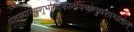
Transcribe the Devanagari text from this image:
प्रेतस्यास्यशुभांल्लोकान्प्रयच्छंतुचशाश्वतान्